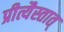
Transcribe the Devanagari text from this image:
प्रीत्यैस्तात्